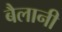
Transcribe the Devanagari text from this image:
बैलानी